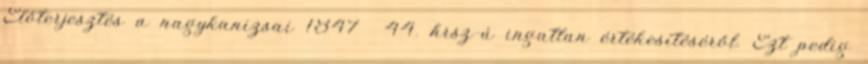
Előterjesztés a nagykanizsai 1847 44. hrsz-ú ingatlan értékesítéséről. Ezt pedig